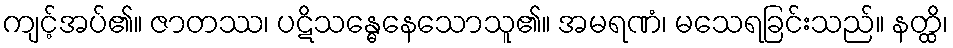
ကျင့်အပ်၏။ ဇာတဿ၊ ပဋိသန္ဓေနေသောသူ၏။ အမရဏံ၊ မသေရခြင်းသည်။ နတ္ထိ၊